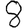
Digit: 8